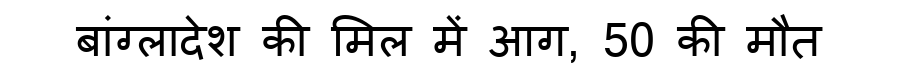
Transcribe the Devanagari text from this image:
बांग्लादेश की मिल में आग, 50 की मौत